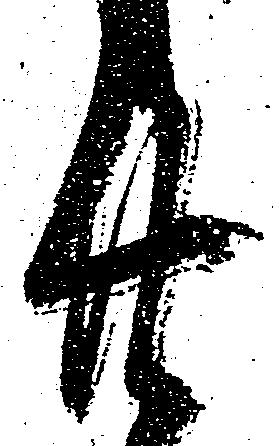
廿